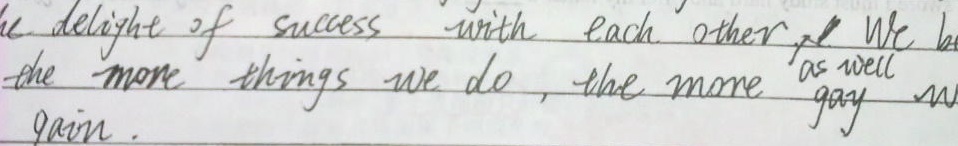
the delight of success with each other. We be - the more things we do, the more as well gain.